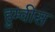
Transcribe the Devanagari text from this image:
हुम्वीस